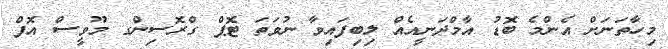
މިހާތަނަށް އެންމެ ބޮޑު އާމްދަނީއެއް ލިބިފައިވާ ނުވަތަ ޓޮޕް ގްރޮސިންގ މޫވީސް އޮފް